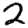
Digit: 2